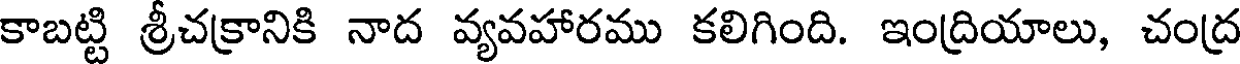
కాబట్టి శ్రీచక్రానికి నాద వ్యవహారము కలిగింది. ఇంద్రియాలు, చంద్ర